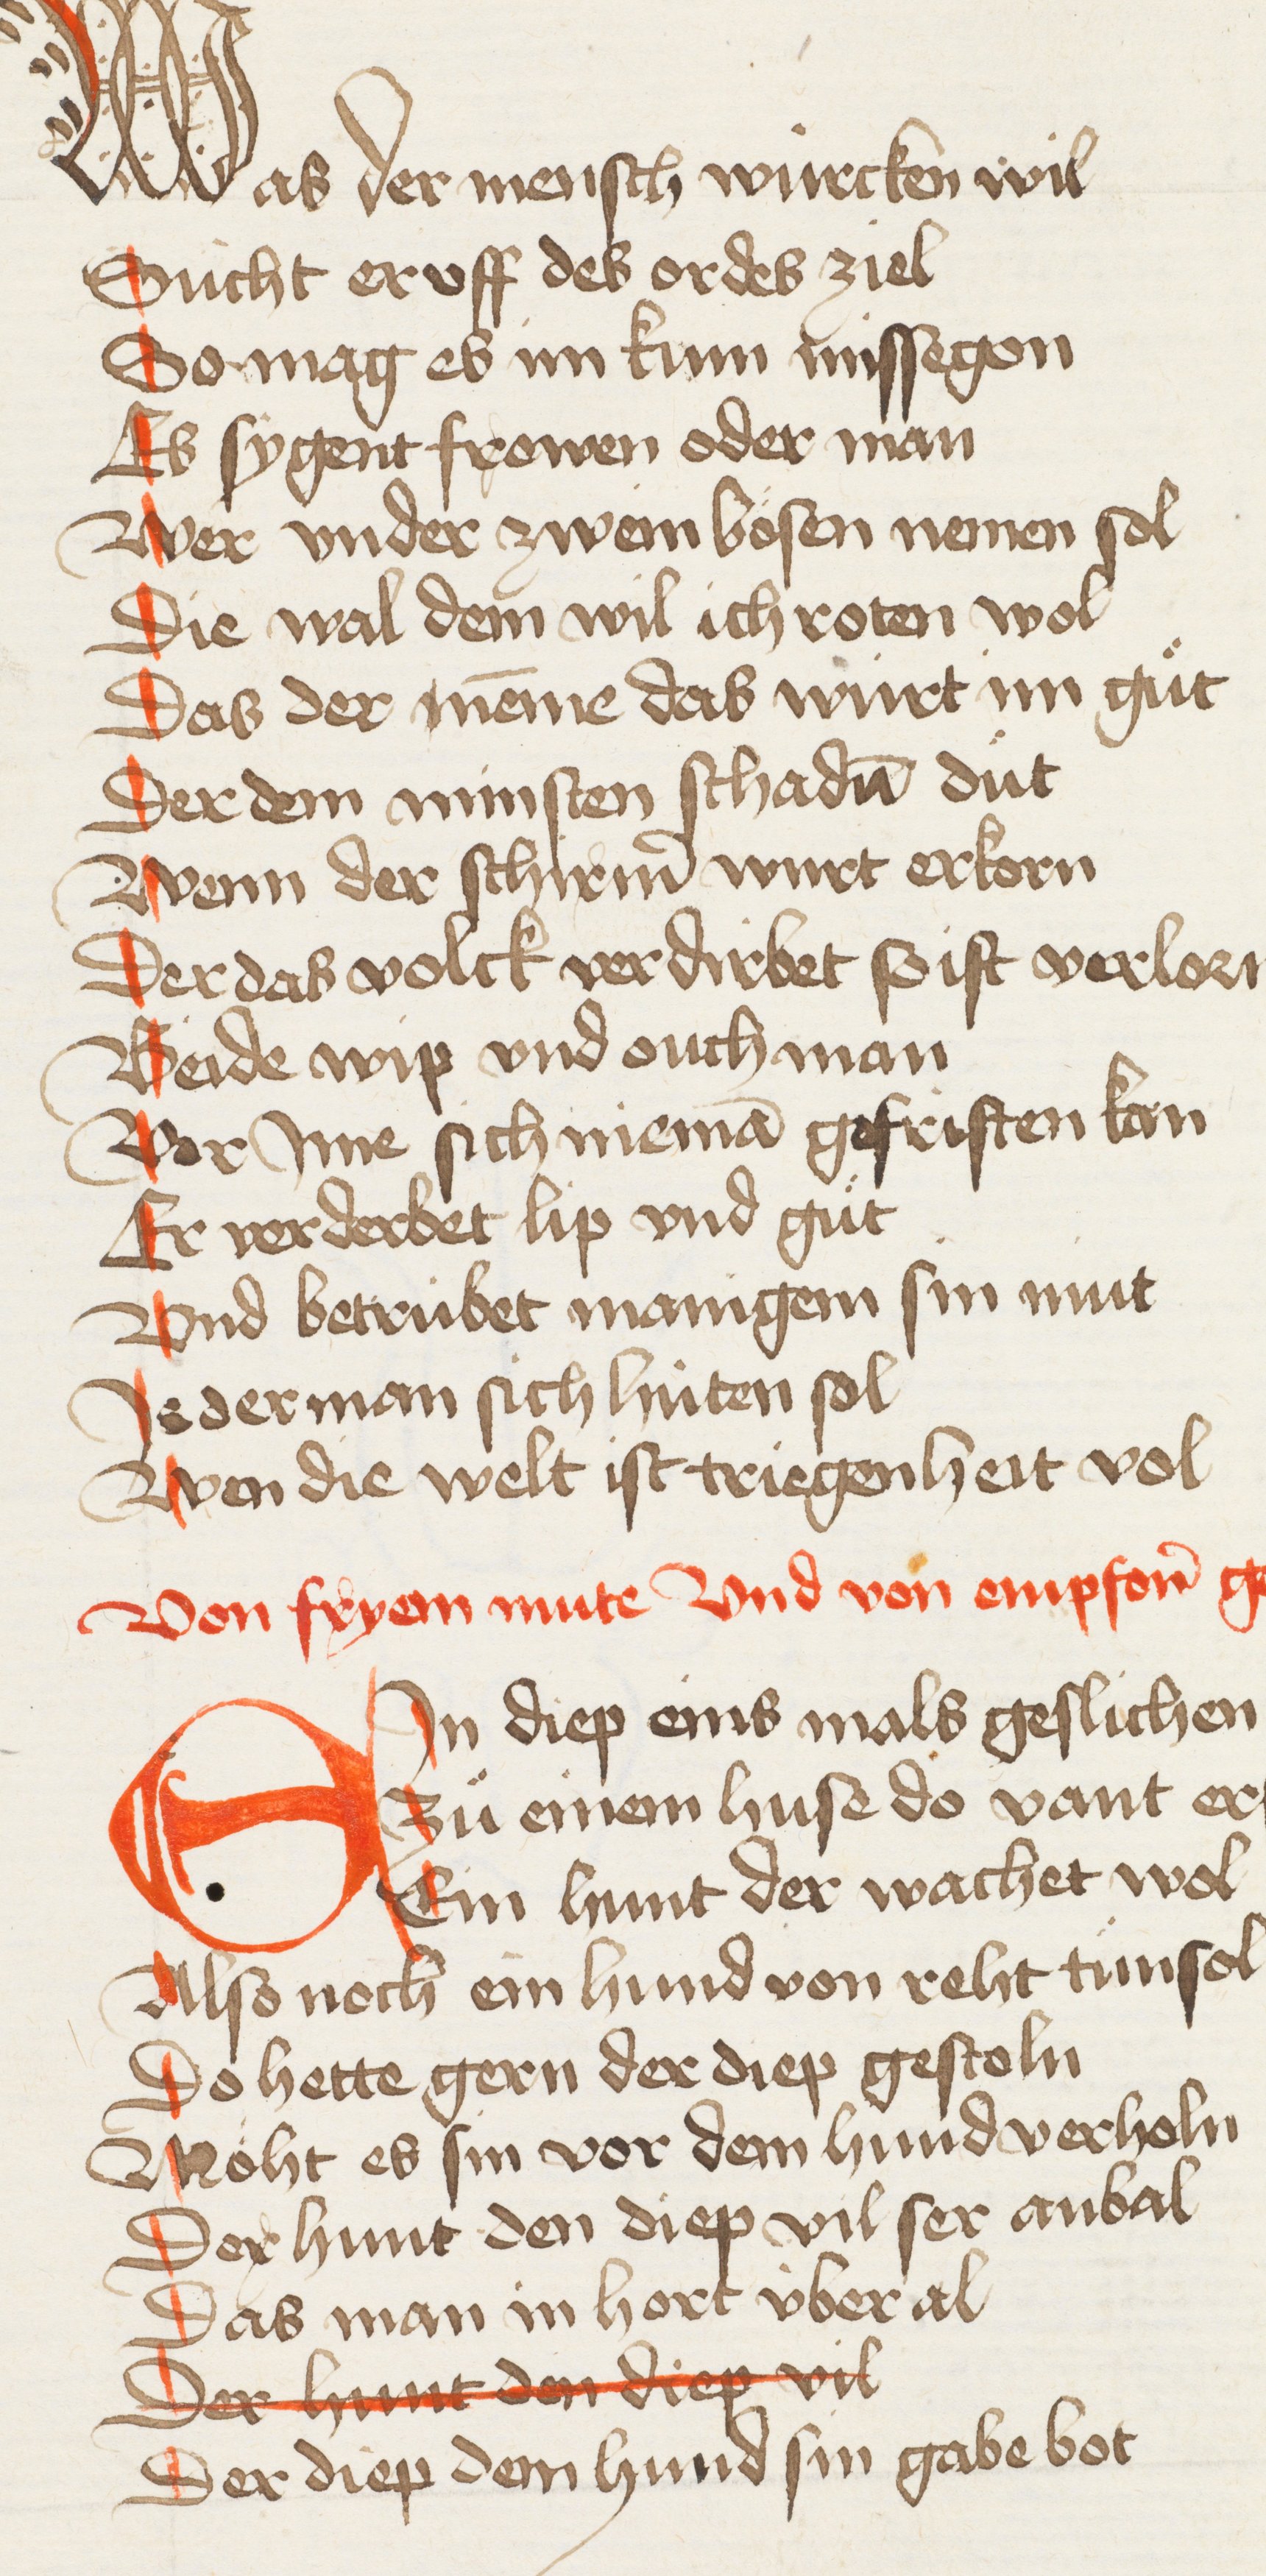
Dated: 1440–1475